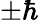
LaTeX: \pm\hbar